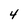
Character: 4